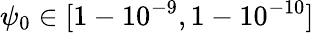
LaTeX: \psi_{0}\in[1-10^{-9},1-10^{-10}]